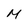
Character: M